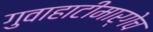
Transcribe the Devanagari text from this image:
गुवाहाटीमार्गेच